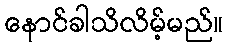
နောင်ခါသိလိမ့်မည်။